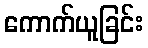
ကောက်ယူခြင်း